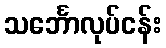
သင်္ဘောလုပ်ငန်း